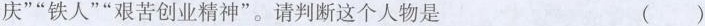
庆”“铁人”“艰苦创业精神”。请判断这个人物是 ()